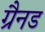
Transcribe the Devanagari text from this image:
ग्रैनड